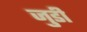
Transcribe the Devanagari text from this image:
जुडी